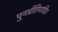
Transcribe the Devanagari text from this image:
पुनर्प्रतिपादित